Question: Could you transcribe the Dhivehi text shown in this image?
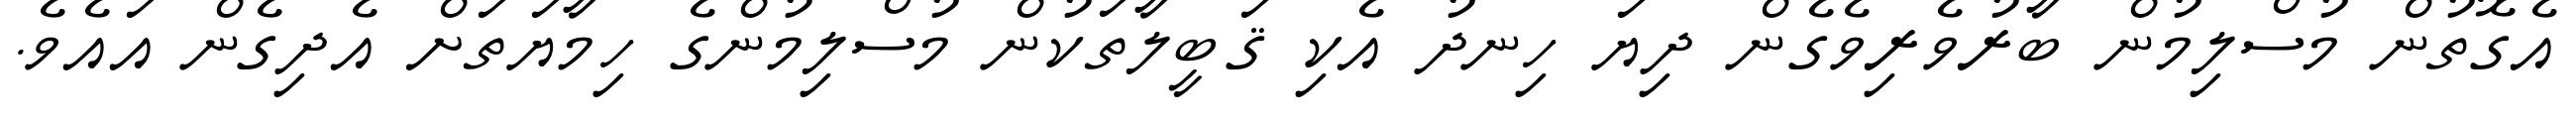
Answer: އެގޮތުން މުސްލިމުން ބާރުވެރިވެގެން ދިޔަ ހިނދު އެކި ޤަބީލާތަކުން މުސްލިމުންގެ ހިމާޔަތަށް އެދިގެން އައެވެ.